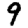
Digit: 9